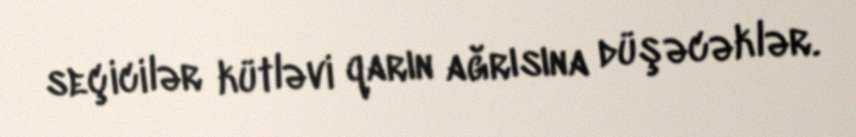
seçicilər kütləvi qarın ağrısına düşəcəklər.